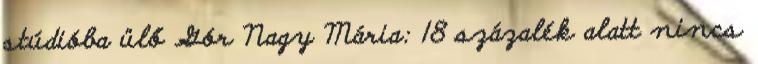
stúdióba ülő Gór Nagy Mária: 18 százalék alatt nincs